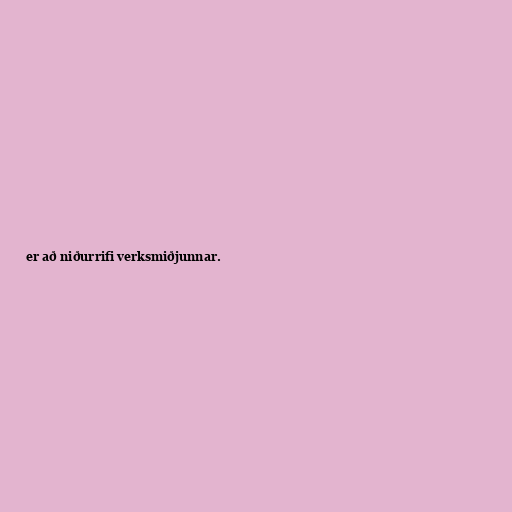
er að niðurrifi verksmiðjunnar.